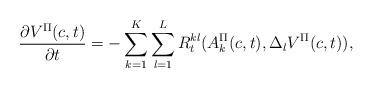
LaTeX: \begin{align*} \frac{\partial V^\Pi(c,t)}{\partial t} = - \sum_{k=1}^K \sum_{l=1}^L R_t^{kl}(A_k^\Pi(c,t), \Delta_l V^\Pi(c,t)),\end{align*}